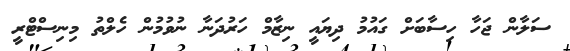
ސަލާން ޖަހާ ހިސާބަށް ގައުމު ދިޔައީ ނިޒާމް ހަރުދަނާ ނުވުމުން ހެލްތު މިނިސްޓްރީ